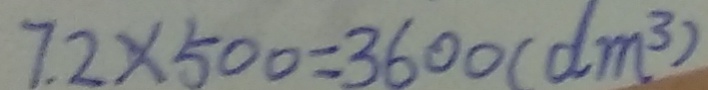
7 . 2 \times 5 0 0 = 3 6 0 0 ( d m ^ { 3 } )